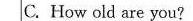
C.How old are you?